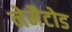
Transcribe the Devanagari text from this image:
नेमैटोड